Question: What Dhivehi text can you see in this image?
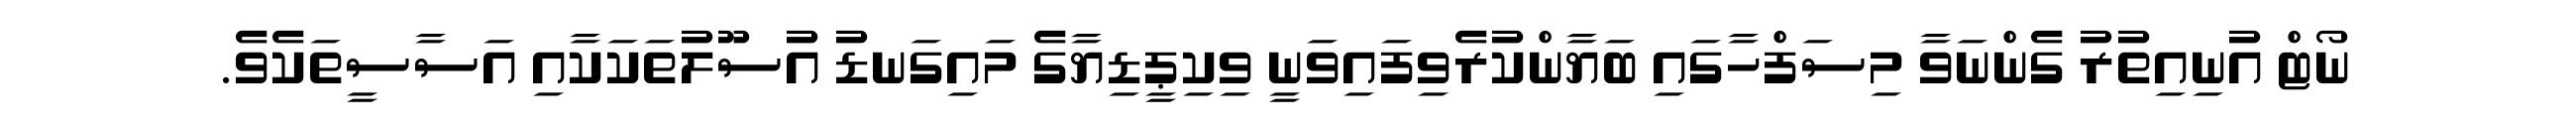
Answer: ނޯޓް އުނިއިތުރު ގެންނަވާ މިސަފްހާގައި ބަޔާންކުރެވިފައިވަނީ ވިކިޕީޑިޔާގެ މައިގަނޑު އުސޫލުތަކަކާއި އަސާސީތަކެވެ.